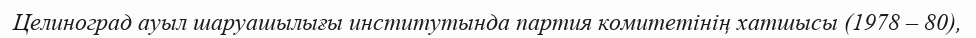
Целиноград ауыл шаруашылығы институтында партия комитетінің хатшысы (1978 – 80),